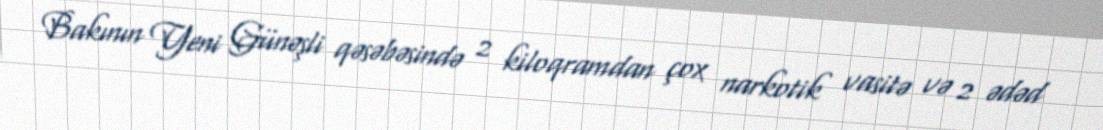
Bakının Yeni Günəşli qəsəbəsində 2 kiloqramdan çox narkotik vasitə və 2 ədəd